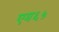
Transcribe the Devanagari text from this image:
एम६५